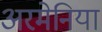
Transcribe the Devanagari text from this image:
अरमेनिया